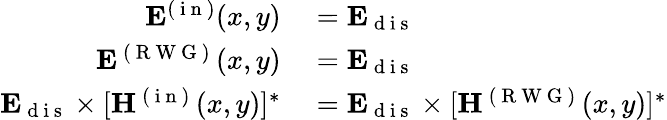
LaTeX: \begin{array}{rl}{\mathbf{E}^{(\mathrm{~i~n~})}(x,y)}&{{}=\mathbf{E}_{\mathrm{~d~i~s~}}}\\ {\mathbf{E}^{\mathrm{~(~R~W~G~)~}}(x,y)}&{{}=\mathbf{E}_{\mathrm{~d~i~s~}}}\\ {\mathbf{E}_{\mathrm{~d~i~s~}}\times[\mathbf{H}^{\mathrm{~(~i~n~)~}}(x,y)]^{*}}&{{}=\mathbf{E}_{\mathrm{~d~i~s~}}\times[\mathbf{H}^{\mathrm{~(~R~W~G~)~}}(x,y)]^{*}}\end{array}